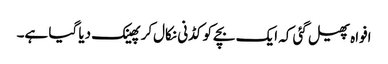
افواہ پھیل گئی کہ ایک بچےکو کڈنی نکال‌کر پھینک دیا گیا ہے۔